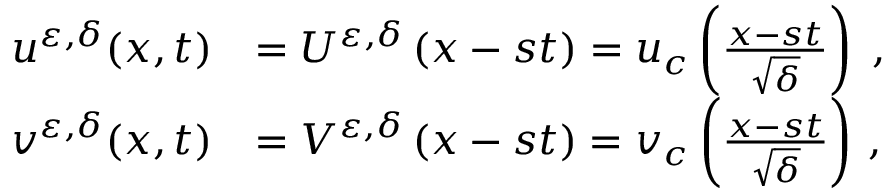
\begin{array} { r l } { u ^ { \varepsilon , \delta } ( x , t ) } & { = U ^ { \varepsilon , \delta } \left( x - s t \right) = u _ { c } \left( \frac { x - s t } { \sqrt { \delta } } \right) \; , } \\ { v ^ { \varepsilon , \delta } ( x , t ) } & { = V ^ { \varepsilon , \delta } \left( x - s t \right) = v _ { c } \left( \frac { x - s t } { \sqrt { \delta } } \right) \, , } \end{array}